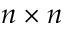
n \times n